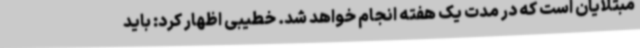
مبتلایان است که در مدت یک هفته انجام خواهد شد. خطیبی اظهار کرد: باید